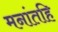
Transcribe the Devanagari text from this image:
मनांतहि